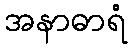
အနာဓာရံ